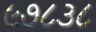
૯૭૮૩૮